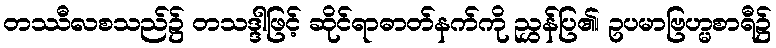
တဿီလစသည်၌ တသဒ္ဒါဖြင့် ဆိုင်ရာဓာတ်နက်ကို ညွှန်ပြ၏၊ ဥပမာဗြဟ္မစာရီ၌